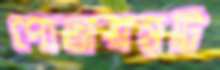
পোতাশ্রয়টি